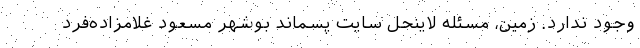
وجود ندارد. زمین، مسئله لاینحل سایت پسماند بوشهر مسعود غلامزاده‌فرد